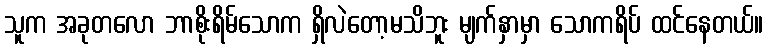
သူက အခုတလော ဘာစိုးရိမ်သောက ရှိလဲတော့မသိဘူး မျက်နှာမှာ သောကရိပ် ထင်နေတယ်။